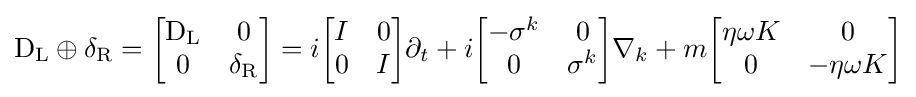
\mathrm {D} _{\rm {L}}\oplus \delta _{\rm {R}}={\begin{bmatrix}\mathrm {D} _{\rm {L}}&0\\0&\delta _{\rm {R}}\end{bmatrix}}=i{\begin{bmatrix}I&0\\0&I\end{bmatrix}}\partial _{t}+i{\begin{bmatrix}-\sigma ^{k}&0\\0&\sigma ^{k}\end{bmatrix}}\nabla _{k}+m{\begin{bmatrix}\eta \omega K&0\\0&-\eta \omega K\end{bmatrix}}